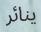
ينائر